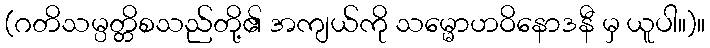
(ဂတိသမ္ပတ္တိစသည်တို့၏ အကျယ်ကို သမ္မောဟဝိနောဒနီ မှ ယူပါ။)။